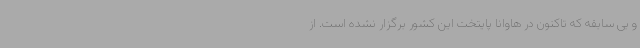
و بی سابقه که تاکنون در هاوانا پایتخت این کشور برگزار نشده است. از